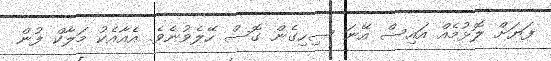
ފަޔަށް ލޮޅުމެއް އައިސް އޭނަ ސިހިގެން ގޮސް ހޭލެވުނެވެ. އެއާއެކު މަލާކް ފުން